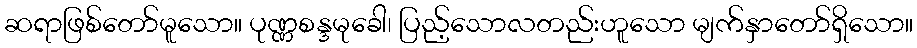
ဆရာဖြစ်တော်မူသော။ ပုဏ္ဏစန္ဒမုခေါ၊ ပြည့်သောလတည်းဟူသော မျက်နှာတော်ရှိသော။